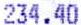
234.40